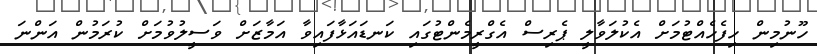
ހޫނުމިން ހިފެހެއްޓުމަށް އެކުލަވާލީ ޕެރިސް އެގްރީމެންޓުގައި ކަނޑައަޅާފައިވާ އަމާޒަށް ވަސީލުވުމަށް ކުރަމުން އަންނަ